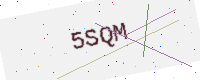
Text: 5SQM